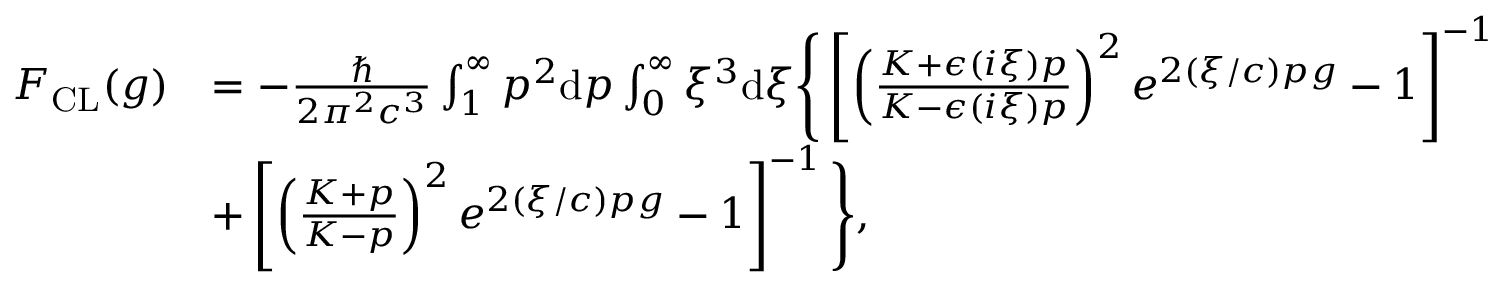
\begin{array} { r l } { F _ { \mathrm { C L } } ( g ) } & { = - \frac { \hbar } { 2 \pi ^ { 2 } c ^ { 3 } } \int _ { 1 } ^ { \infty } p ^ { 2 } \mathrm { d } p \int _ { 0 } ^ { \infty } \xi ^ { 3 } \mathrm { d } \xi \Bigg \{ \left[ \left( \frac { K + \epsilon \left( i \xi \right) p } { K - \epsilon \left( i \xi \right) p } \right) ^ { 2 } e ^ { 2 ( \xi / c ) p g } - 1 \right] ^ { - 1 } } \\ & { + \left[ \left( \frac { K + p } { K - p } \right) ^ { 2 } e ^ { 2 ( \xi / c ) p g } - 1 \right] ^ { - 1 } \Bigg \} , } \end{array}